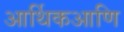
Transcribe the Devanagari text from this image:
आर्थिकआणि